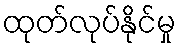
ထုတ်လုပ်နိုင်မှု